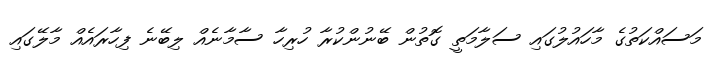
މަސައްކަތުގެ މާހައުލުގައި ސަލާމަތީ ގޮތުން ބޭނުންކުރާ ހުރިހާ ސާމާނެއް ލިބޭނެ ފިހާރައެއް މާލޭގައި